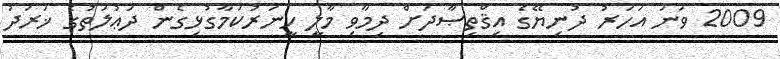
2009 ވަނަ އަހަރު ދުނިޔޭގެ އިޤްތިޞާދަށް ދިމާވި މާލީ ހީނަރުކަމާގުޅިގެން ދަޢުލަތުގެ ޚަރަދު